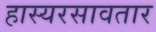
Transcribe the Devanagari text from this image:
हास्यरसावतार